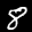
Label: 8